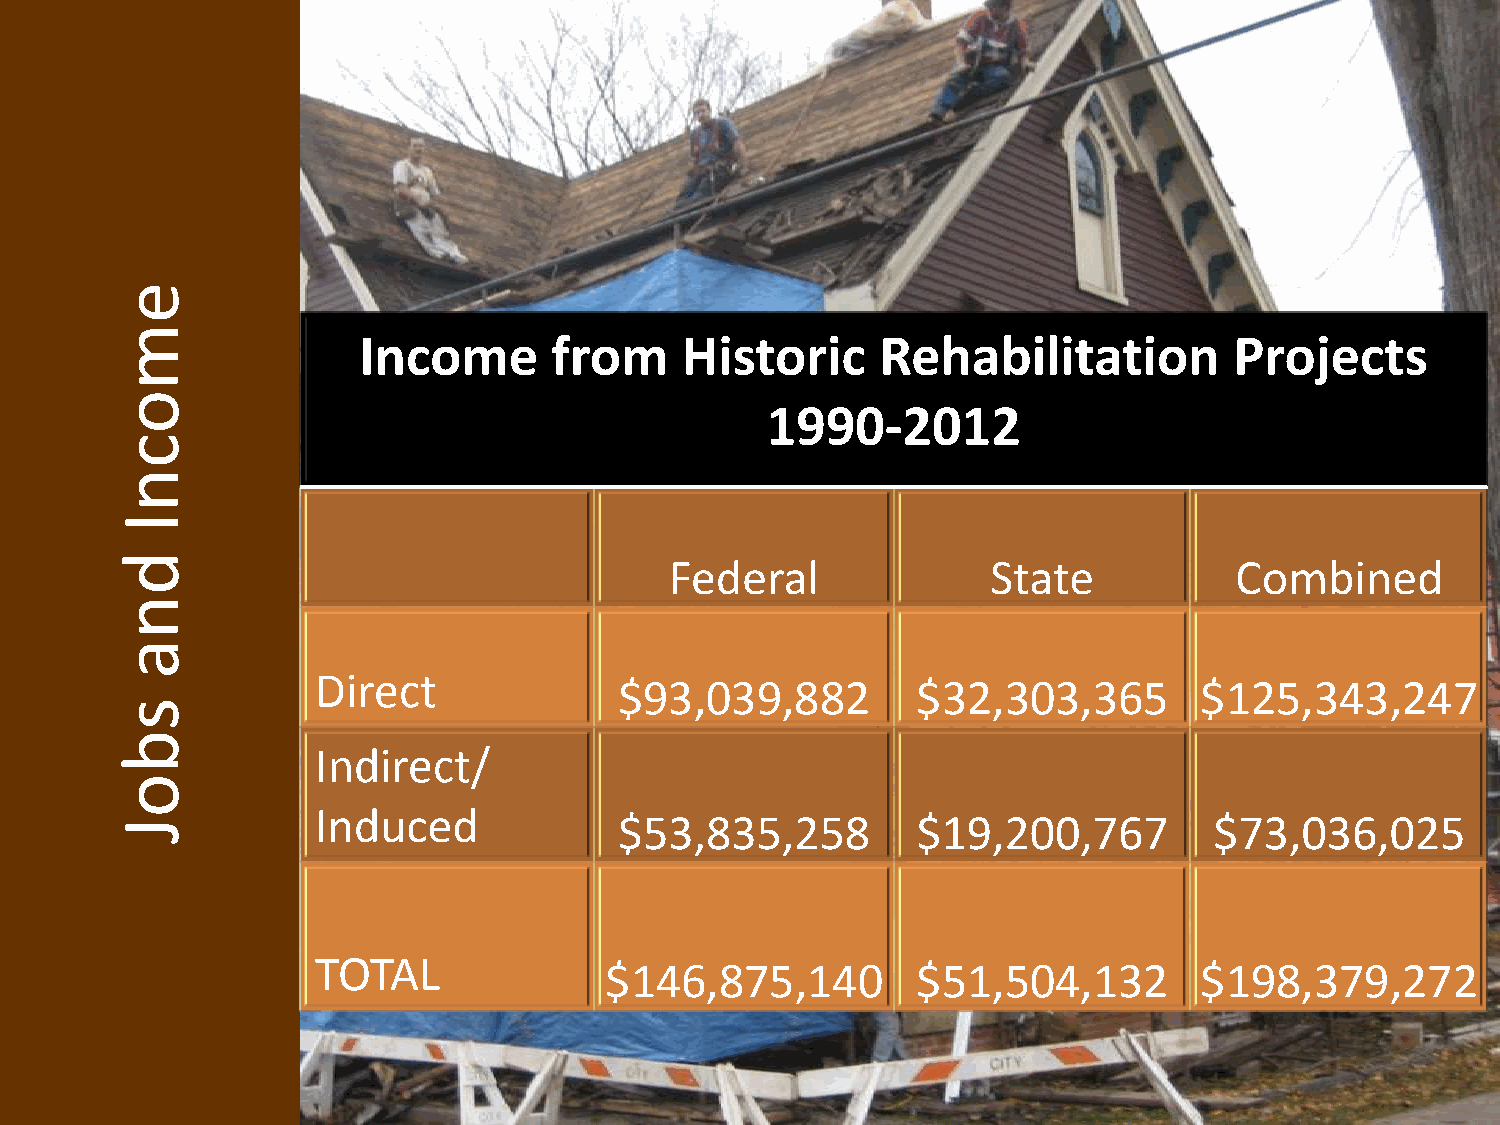
e
 m
 Income       from    Historic     Rehabilitation          Projects
 o
 1990-2012
 c
 n
 I
 d                                   Federal               State           Combined
 n
 a
 Direct
 $93,039,882         $32,303,365       $125,343,247
 s
 b
 Indirect/
 o
 Induced
 J                                $53,835,258         $19,200,767        $73,036,025
 TOTAL
 $146,875,140         $51,504,132       $198,379,272